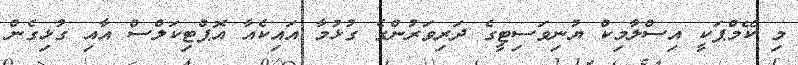
މި ކޭމްޕަކީ އިސްލާމިކް ޔުނިވަސިޓީގެ ދަރިވަރުންގެ ގުޅުމާ އައިކެއާ އޮޕްޓިކަލްސް އާއި ގުޅިގެން